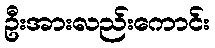
ဦးအားလည်းကောင်း